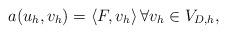
LaTeX: \begin{align*} a(u_h,v_h) = \left\langle F, v_h \right\rangle \forall v_h \in V_{D,h}, \end{align*}